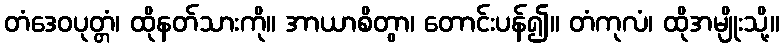
တံဒေဝပုတ္တံ၊ ထိုနတ်သားကို။ အာယာစိတွာ၊ တောင်းပန်၍။ တံကုလံ၊ ထိုအမျိုးသို့။